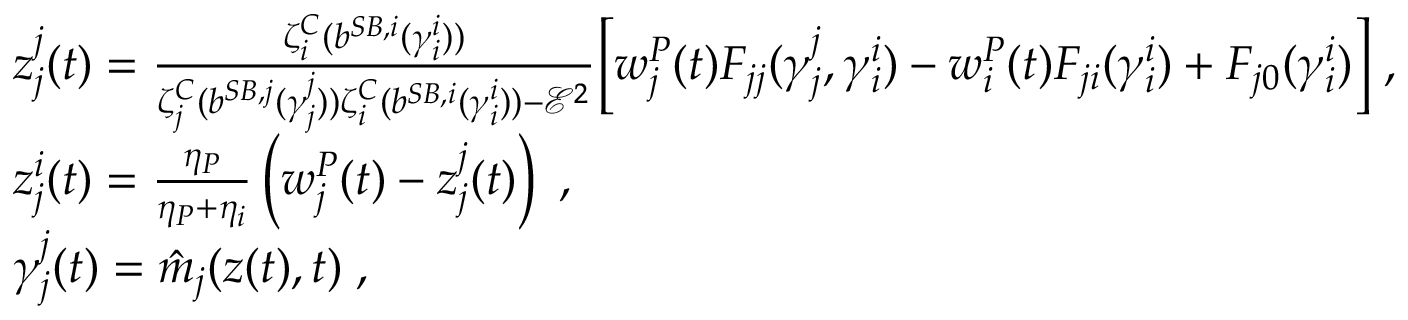
\begin{array} { r l } & { z _ { j } ^ { j } ( t ) = \frac { \zeta _ { i } ^ { C } ( { b } ^ { S B , i } ( \gamma _ { i } ^ { i } ) ) } { \zeta _ { j } ^ { C } ( { b } ^ { S B , j } ( \gamma _ { j } ^ { j } ) ) \zeta _ { i } ^ { C } ( { b } ^ { S B , i } ( \gamma _ { i } ^ { i } ) ) - \mathcal { E } ^ { 2 } } \Big [ w _ { j } ^ { P } ( t ) F _ { j j } ( \gamma _ { j } ^ { j } , \gamma _ { i } ^ { i } ) - w _ { i } ^ { P } ( t ) F _ { j i } ( \gamma _ { i } ^ { i } ) + F _ { j 0 } ( \gamma _ { i } ^ { i } ) \Big ] \; , } \\ & { z _ { j } ^ { i } ( t ) = \frac { \eta _ { P } } { \eta _ { P } + \eta _ { i } } \left( w _ { j } ^ { P } ( t ) - z _ { j } ^ { j } ( t ) \right) \; , } \\ & { \gamma _ { j } ^ { j } ( t ) = \hat { m } _ { j } ( z ( t ) , t ) \; , } \end{array}